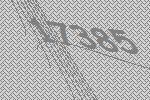
17385